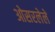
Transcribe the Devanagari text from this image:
ओसरलेले